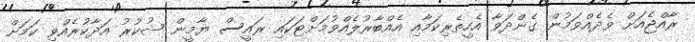
ރާއްޖެއަށް ވެދެއްވަމުން ގެންދަވާ އެހީތެރިކަމާއި އެއްބާރުލެއްވުމަށްޓަކައި ރައީސް ޔާމީން ޝުކުރު އަދާކުރެއްވި ކަމަށް